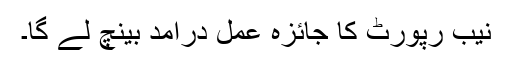
نیب رپورٹ کا جائزہ عمل درامد بینچ لے گا۔